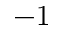
- 1